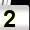
Digit: 2